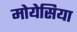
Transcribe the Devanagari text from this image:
मोयेसिया